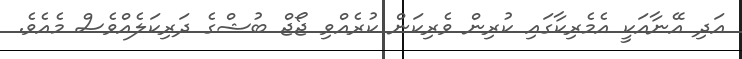
އަދި އޭނާއަކީ އެމެރިކާގައި ކުރިން ވެރިކަން ކުރެއްވި ޖޯޖް ބުޝްގެ ދަރިކަލެއްވެސް މެއެވެ.